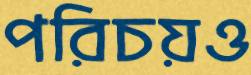
পরিচয়ও